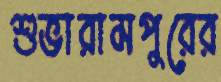
শুভারামপুরের